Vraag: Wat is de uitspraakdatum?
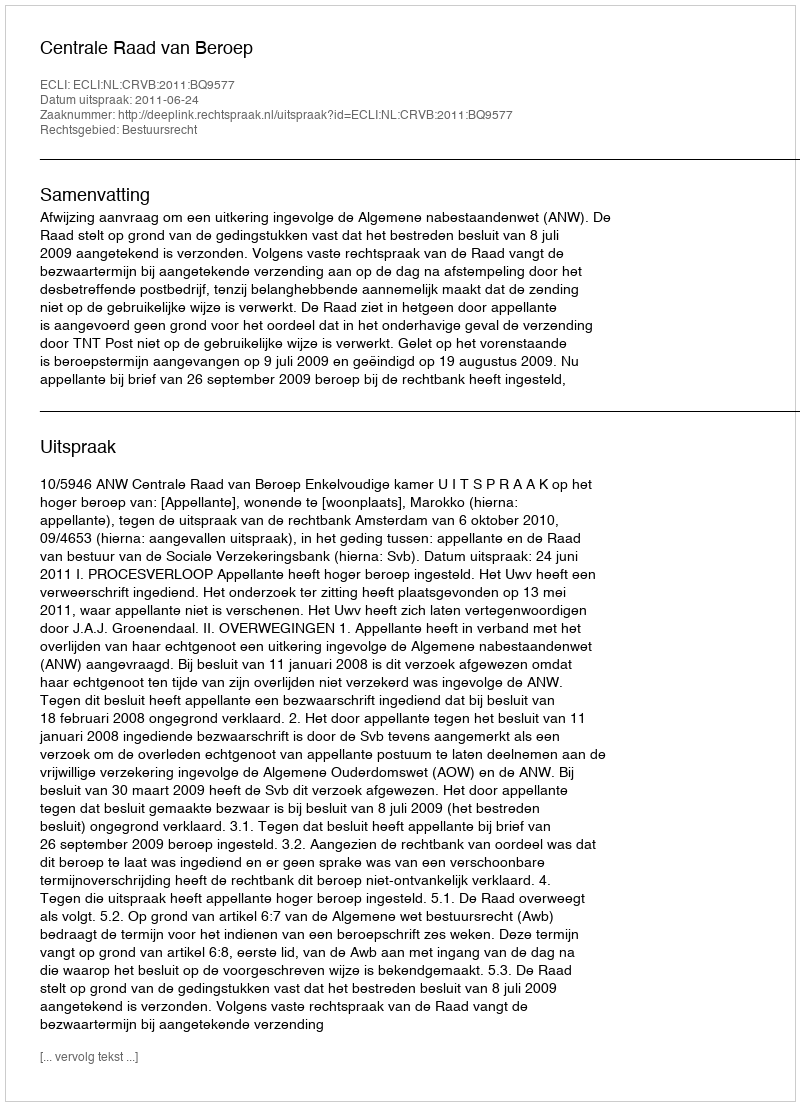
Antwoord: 2011-06-24